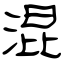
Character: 混